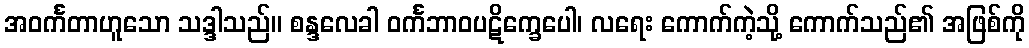
အဝင်္ကတာဟူသော သဒ္ဒါသည်။ စန္ဒလေခါ ဝင်္ကဘာဝပဋိက္ခေပေါ၊ လရေး ကောက်ကဲ့သို့ ကောက်သည်၏ အဖြစ်ကို